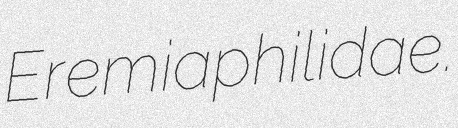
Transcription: Eremiaphilidae.